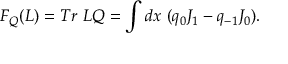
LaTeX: F _ { Q } ( L ) = T r { ~ } L Q = \int d x { ~ } ( q _ { 0 } J _ { 1 } - q _ { - 1 } J _ { 0 } ) .